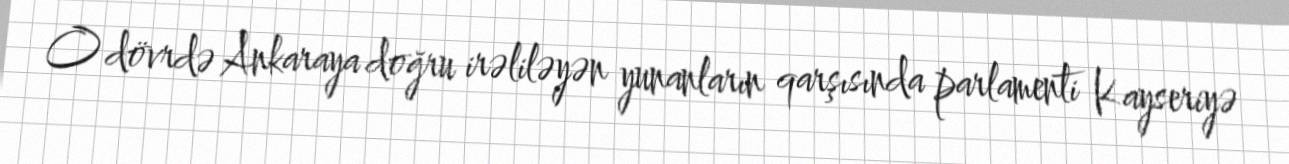
O dövrdə Ankaraya doğru irəliləyən yunanların qarşısında parlamenti Kayseriyə